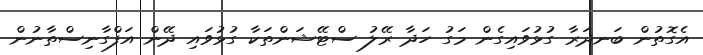
އެގޮތުން ބަނދަރާ ގުޅުވައިގެން މަގު ހަދާ ރޭލު ސްޓޭޝަންތަކާ ގުޅުވައި ދޭން އަފްގާނިސްތާނުން